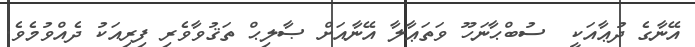
އޭނާގެ ދުޢާއަކީ  ސުބްޙާނަހޫ ވަތަޢާލާ އޭނާއަށް ޞާލިޙް ތަޤުވާވެރި ފިރިއަކު ދެއްވުމެވެ.